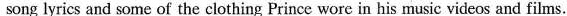
song lyrics and some of the clothing Prince wore in his music videos and films.